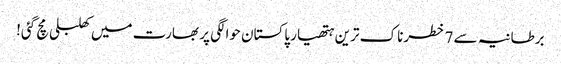
برطانیہ سے 7 خطرناک ترین ہتھیار پاکستان حوالگی پر بھارت میں کھلبلی مچ گئی!